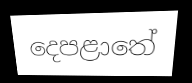
දෙපළාතේ